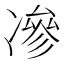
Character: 𠗿